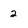
Character: 2